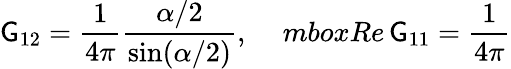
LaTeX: \mathsf{G}_{12}=\frac{{1}}{{4\pi}}\frac{{\alpha/2}}{{\sin(\alpha/2)}},\ \ \ \ \, mbox{Re}\, \mathsf{G}_{11}=\frac{{1}}{{4\pi}}